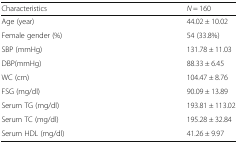
<table><thead><tr><td><b>Characteristics</b></td><td><b><i>N</i> = 160</b></td></tr></thead><tbody><tr><td>Age (year)</td><td>44.02 ± 10.02</td></tr><tr><td>Female gender (%)</td><td>54 (33.8%)</td></tr><tr><td>SBP (mmHg)</td><td>131.78 ± 11.03</td></tr><tr><td>DBP(mmHg)</td><td>88.33 ± 6.45</td></tr><tr><td>WC (cm)</td><td>104.47 ± 8.76</td></tr><tr><td>FSG (mg/dl)</td><td>90.09 ± 13.89</td></tr><tr><td>Serum TG (mg/dl)</td><td>193.81 ± 113.02</td></tr><tr><td>Serum TC (mg/dl)</td><td>195.28 ± 32.84</td></tr><tr><td>Serum HDL (mg/dl)</td><td>41.26 ± 9.97</td></tr></tbody></table>